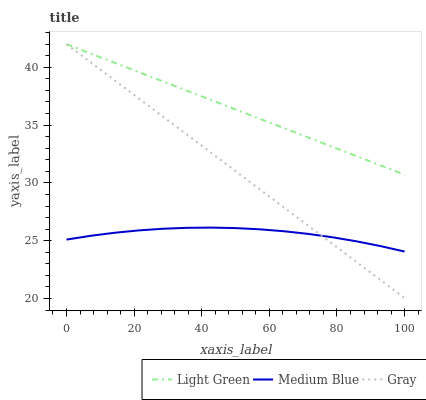
| xaxis_label | Light Green | Medium Blue | Gray |
 | --- | --- | --- | --- |
 | 0 | 42 | 25.1 | 42 |
 | 7.14 | 41.2 | 25.4 | 40.4 |
 | 14.3 | 40.4 | 25.7 | 38.9 |
 | 21.4 | 39.6 | 25.9 | 37.3 |
 | 28.6 | 38.8 | 26 | 35.7 |
 | 35.7 | 38 | 26.1 | 34.2 |
 | 42.9 | 37.2 | 26.1 | 32.6 |
 | 50 | 36.4 | 26.1 | 31 |
 | 57.1 | 35.6 | 26 | 29.5 |
 | 64.3 | 34.7 | 25.8 | 27.9 |
 | 71.4 | 33.9 | 25.6 | 26.3 |
 | 78.6 | 33.1 | 25.3 | 24.7 |
 | 85.7 | 32.3 | 24.9 | 23.2 |
 | 92.9 | 31.5 | 24.5 | 21.6 |
 | 100 | 30.7 | 24.1 | 20 |